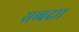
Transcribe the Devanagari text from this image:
सब्बदा।